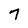
Character: 7